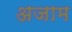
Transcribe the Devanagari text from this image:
अजाम